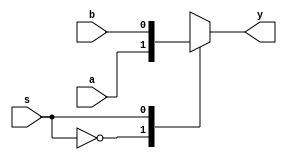
`timescale 1ns / 1ps
//////////////////////////////////////////////////////////////////////////////////
// Company: 
// Engineer: 
// 
// Design Name: 
// Module Name: mux2x1
// Project Name: 
// Target Devices: 
// Tool Versions: 
// Description: 
// 
// Dependencies: 
// 
// Revision:
// Revision 0.01 - File Created
// Additional Comments:
// 
//////////////////////////////////////////////////////////////////////////////////


module mux2x1(output reg y,input a,b,s);
always @(a,b,s)
begin
case (s)
1'b0 : y = a;
1'b1 : y = b;
default : y = 1'bx;
endcase
end
endmodule